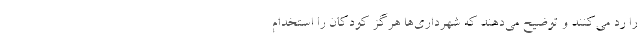
را رد می‌کنند و توضیح می‌دهند که شهرداری‌ها هرگز کودکان را استخدام